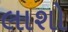
લાશો